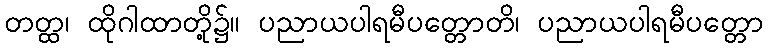
တတ္ထ၊ ထိုဂါထာတို့၌။ ပညာယပါရမီပတ္တောတိ၊ ပညာယပါရမီပတ္တော